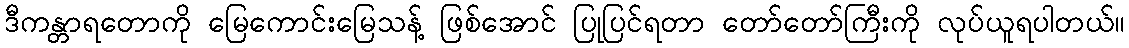
ဒီကန္တာရတောကို မြေကောင်းမြေသန့် ဖြစ်အောင် ပြုပြင်ရတာ တော်တော်ကြီးကို လုပ်ယူရပါတယ်။